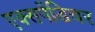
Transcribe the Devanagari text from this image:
एक्‍सपेंडिचर